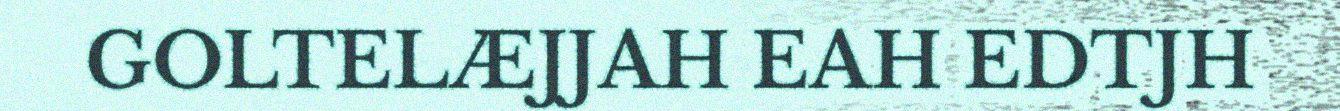
GOLTELÆJJAH EAH EDTJH